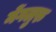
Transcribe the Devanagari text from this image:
मेंगलुरु